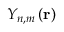
Y _ { n , m } \left( \mathbf { r } \right)